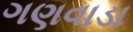
ગણવાડા